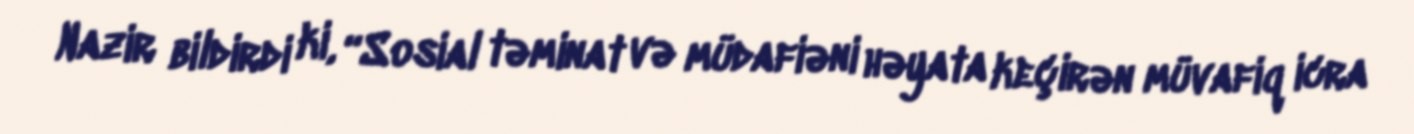
Nazir bildirdi ki, “Sosial təminat və müdafiəni həyata keçirən müvafiq icra